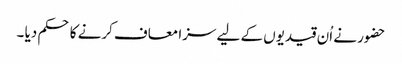
حضور نے اُن قیدیوں کے لیے سزا معاف کرنے کا حکم دیا ۔